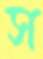
স